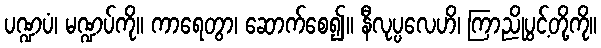
ပဏ္ဍပံ၊ မဏ္ဍပ်ကို။ ကာရေတွာ၊ ဆောက်စေ၍။ နီလုပ္ပလေဟိ၊ ကြာညိုပွင့်တို့ကို။